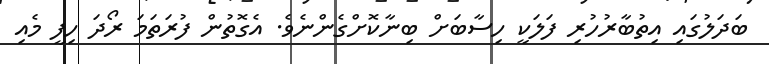
ބަދަލުގައި އިތުބާރުހުރި ފަލަކީ ހިސާބަށް ބިނާކޮށްގެންނެވެ. އެގޮތުން ފުރަތަމަ ރޯދަ ހިފީ މެއި